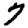
Digit: 7